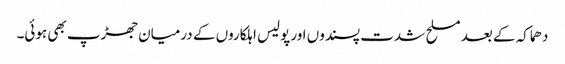
دھماکہ کے بعد مسلح شدت پسندوں اور پولیس اہلکاروں کے درمیان جھڑپ بھی ہوئی۔